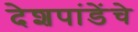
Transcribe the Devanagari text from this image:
देशपांडेंचे